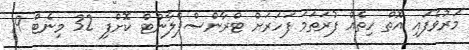
މަރުވެފައި އޮތް ހިތެއް ފުރަތަމަ ފަހަރަށް ޓްރާންސްޕްލާންޓް ކޮށްފި 32 މިނެޓް 19